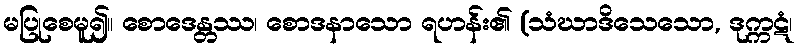
မပြုစေမူ၍။ စောဒေန္တဿ၊ စောဒနာသော ရဟန်း၏ (သံဃာဒိသေသော, ဒုက္ကဋံ၊